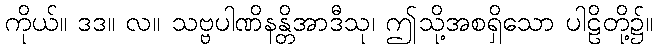
ကိုယ်။ ဒဒ။ လ။ သဗ္ဗပါဏိနန္တိအာဒီသု၊ ဤသို့အစရှိသော ပါဠိတို့၌။